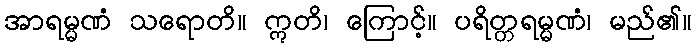
အာရမ္မဏံ သရောတိ။ ဣတိ၊ ကြောင့်။ ပရိတ္တရမ္မဏံ၊ မည်၏။